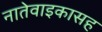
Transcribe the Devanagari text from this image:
नातेवाइकासह